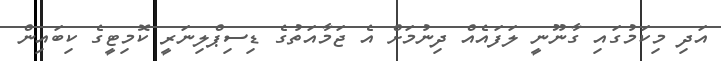
އަދި މިކަމުގައި ގާނޫނީ ލަފައެއް ދިނުމަށް އެ ޖަމާއަތުގެ ޑިސިޕްލިނަރީ ކޮމިޓީގެ ކިބައިން